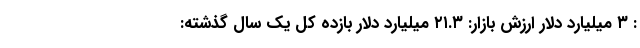
: ۳ میلیارد دلار ارزش بازار: ۲۱.۳ میلیارد دلار بازده کل یک سال گذشته: